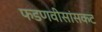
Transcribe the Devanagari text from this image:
फडणवीसांसकट